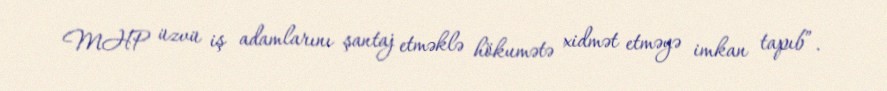
MHP üzvü iş adamlarını şantaj etməklə hökumətə xidmət etməyə imkan tapıb”.